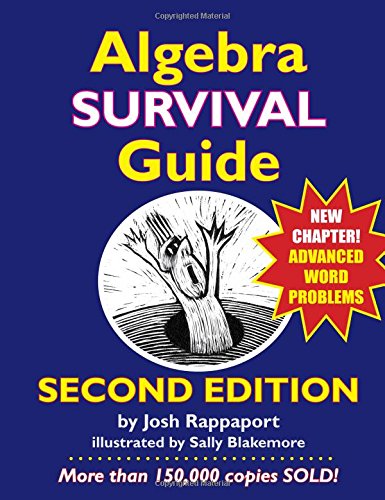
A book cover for Algebra Survival Guide: A Conversational Handbook for the Thoroughly Befuddled; Josh Rappaport; Education & Teaching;